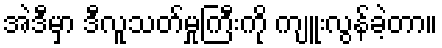
အဲဒီမှာ ဒီလူသတ်မှုကြီးကို ကျူးလွန်ခဲ့တာ။